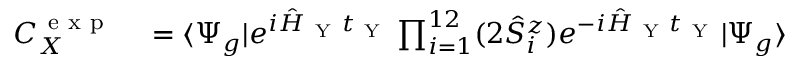
\begin{array} { r l } { C _ { X } ^ { \mathrm { ~ e ~ x ~ p ~ } } } & { { } = \langle \Psi _ { g } | e ^ { i \hat { H } _ { \mathrm { ~ Y ~ } } t _ { \mathrm { ~ Y ~ } } } \prod _ { i = 1 } ^ { 1 2 } ( 2 \hat { S } _ { i } ^ { z } ) e ^ { - i \hat { H } _ { \mathrm { ~ Y ~ } } t _ { \mathrm { ~ Y ~ } } } | \Psi _ { g } \rangle } \end{array}